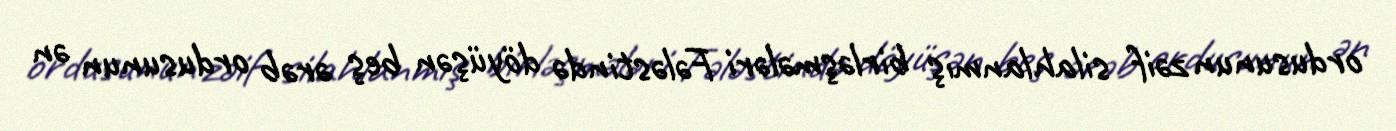
ordusunun zəif silahlanmış birləşmələri Fələstində döyüşən beş ərəb ordusunun ən